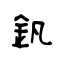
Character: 釩